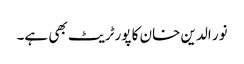
نور الدین خان کا پورٹریٹ بھی ہے۔